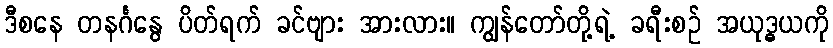
ဒီစနေ တနင်္ဂနွေ ပိတ်ရက် ခင်ဗျား အားလား။ ကျွန်တော်တို့ရဲ့ ခရီးစဉ် အယုဒ္ဓယကို